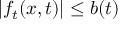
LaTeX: | f _ { t } ( x , t ) | \leq b ( t )